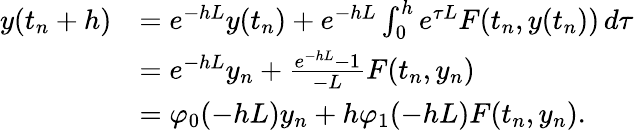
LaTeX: \begin{array}{rl}{y(t_{n}+h)}&{=e^{-hL}y(t_{n})+e^{-hL}\int_{0}^{h}e^{\tau L}F(t_{n},y(t_{n}))\, d\tau}\\ &{=e^{-hL}y_{n}+\frac{e^{-hL}-1}{-L}F(t_{n},y_{n})}\\ &{=\varphi_{0}(-hL)y_{n}+h\varphi_{1}(-hL)F(t_{n},y_{n}).}\end{array}